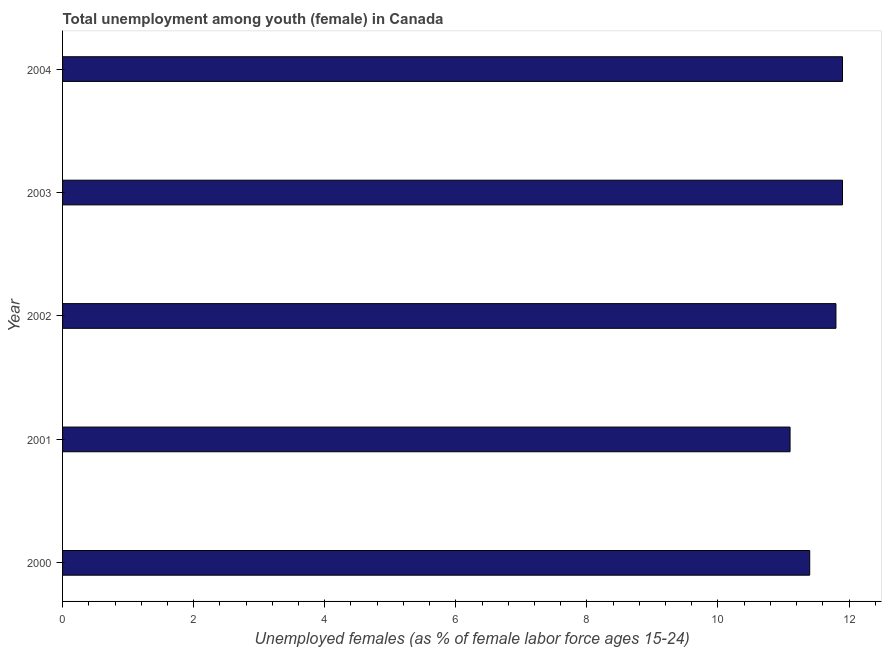
| Year | Unemployment |
 | --- | --- |
 | 2000 | 11.4 |
 | 2001 | 11.1 |
 | 2002 | 11.8 |
 | 2003 | 11.9 |
 | 2004 | 11.9 |